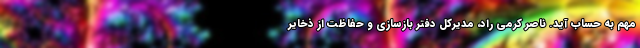
مهم به حساب آید. ناصر کرمی راد، مدیرکل دفتر بازسازی و حفاظت از ذخایر